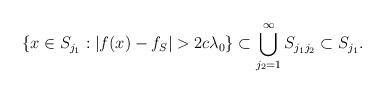
LaTeX: \begin{align*}\{x\in S_{j_{1}}:\left\vert f(x)-f_{S}\right\vert >2c\lambda_{0}\}\subset\bigcup\limits_{j_{2}=1}^{\infty}S_{j_{1}j_{2}}\subset S_{j_{1}}.\end{align*}